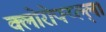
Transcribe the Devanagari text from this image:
क्लोरोफ्य्ल्ल्।